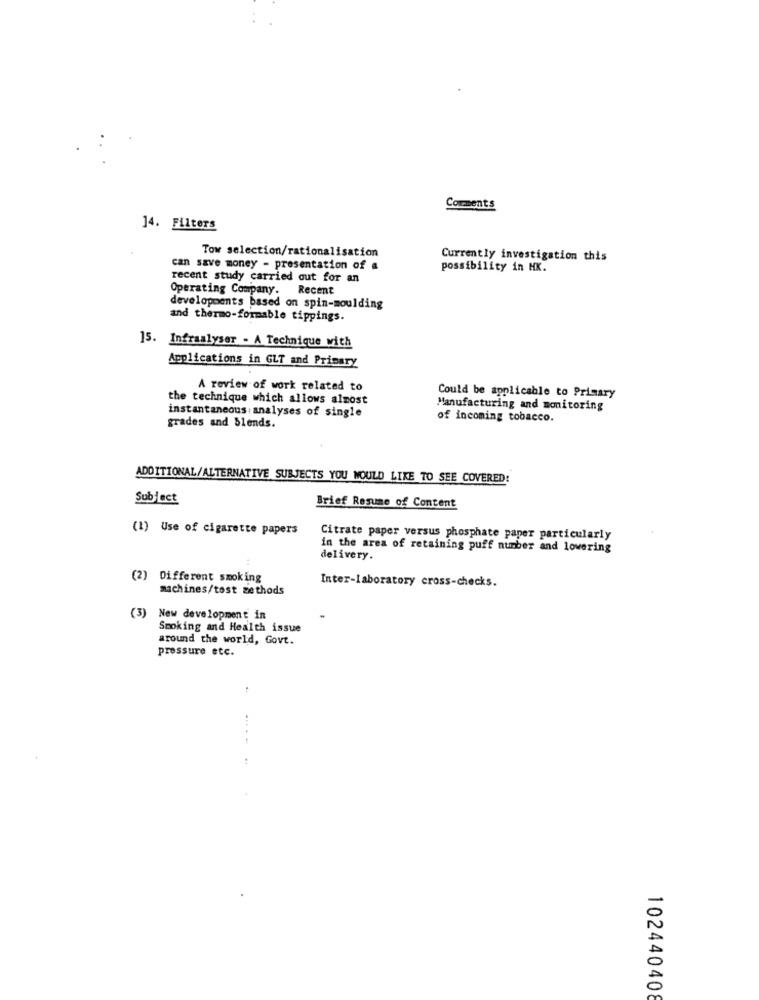
Comments
14. Filters
Tow selection/rationalisation
Currently investigation this
can save money - presentation of a
possibility in HK.
recent study carried out for an
Operating Company. Recent
developments based on spin-moulding
and thermo-formable tippings.
15. Infraalyser - A Technique with
Applications in GLT and Primary
A review of work related to
the technique which allows almost
Could be applicable to Primary
instantaneous analyses of single
Manufacturing and monitoring
of incoming tobacco.
grades and blends.
ADDITIONAL/ALTERNATIVE SUBJECTS YOU WOULD LIKE TO SEE COVERED
Subject
Brief Resume of Content
(1) Use of cigarette papers
Citrate paper versus phosphate paper particularly
in the area of retaining puff number and lowering
delivery.
(2)
Different smoking
Inter-laboratory cross-checks.
machines/tost methods
(3) New development in
Smoking and Health issue
around the world, Govt.
pressure etc.
...
102440408